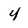
Character: 4